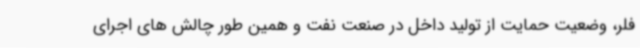
فلر، وضعیت حمایت از تولید داخل در صنعت نفت و همین طور چالش های اجرای